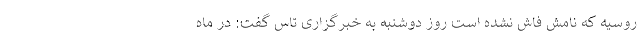
روسیه که نامش فاش نشده است روز دوشنبه به خبرگزاری تاس گفت: در ماه